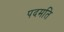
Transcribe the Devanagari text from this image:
पदमति